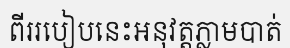
ពីររបៀបនេះអនុវត្តភ្លាមបាត់